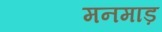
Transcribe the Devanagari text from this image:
मनमाड़